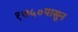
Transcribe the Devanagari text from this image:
१७५०पासून